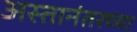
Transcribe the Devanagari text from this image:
अस्तानंतरच्या